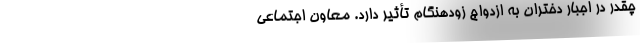
چقدر در اجبار دختران به ازدواج زودهنگام تأثیر دارد. معاون اجتماعی